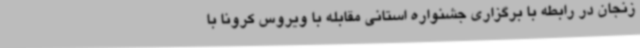
زنجان در رابطه با برگزاری جشنواره استانی مقابله با ویروس کرونا با